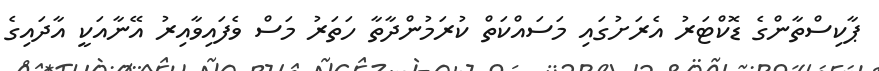
ޕާކިސްތާންގެ ޑޮކްޓަރު އެރަށުގައި މަސައްކަތް ކުރަމުންދާތާ ހަތަރު މަސް ވެފައިވާއިރު އޭނާއަކީ އާދައިގެ